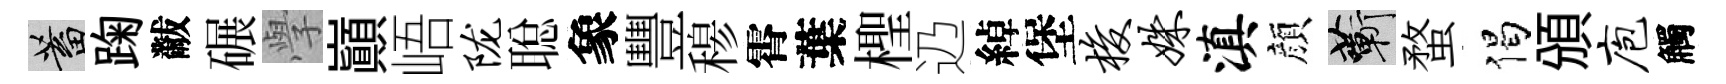
蓄踘黻碾𭓕巔峿陇聪象豐𥠇霄葉檉辸綽堡梭姝滇顔蔪蝥偈頒庖觸